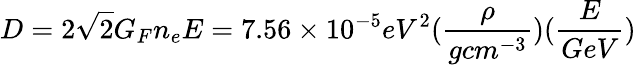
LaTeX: D=2\sqrt{2}G_{F}n_{e}E=7.56\times 10^{-5}eV^{2}(\frac{\rho}{gcm^{-3}})(\frac{E}{GeV})